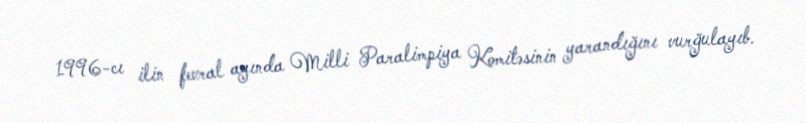
1996-cı ilin fevral ayında Milli Paralimpiya Komitəsinin yarandığını vurğulayıb.